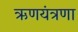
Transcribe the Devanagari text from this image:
ऋणयंत्रणा